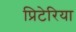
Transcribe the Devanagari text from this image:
प्रिटेरिया